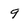
Character: 9